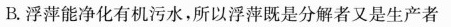
B.浮萍能净化有机污水，所以浮萍既是分解者又是生产者